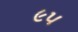
૯૫